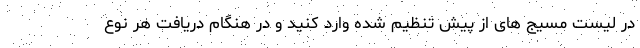
در لیست مسیج های از پیش تنظیم شده وارد کنید و در هنگام دریافت هر نوع